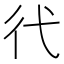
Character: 𢓀